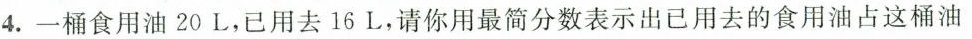
4.一桶食用油20L，已用去16L，请你用最简分数表示出已用去的食用油占这桶油